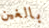
بالغين